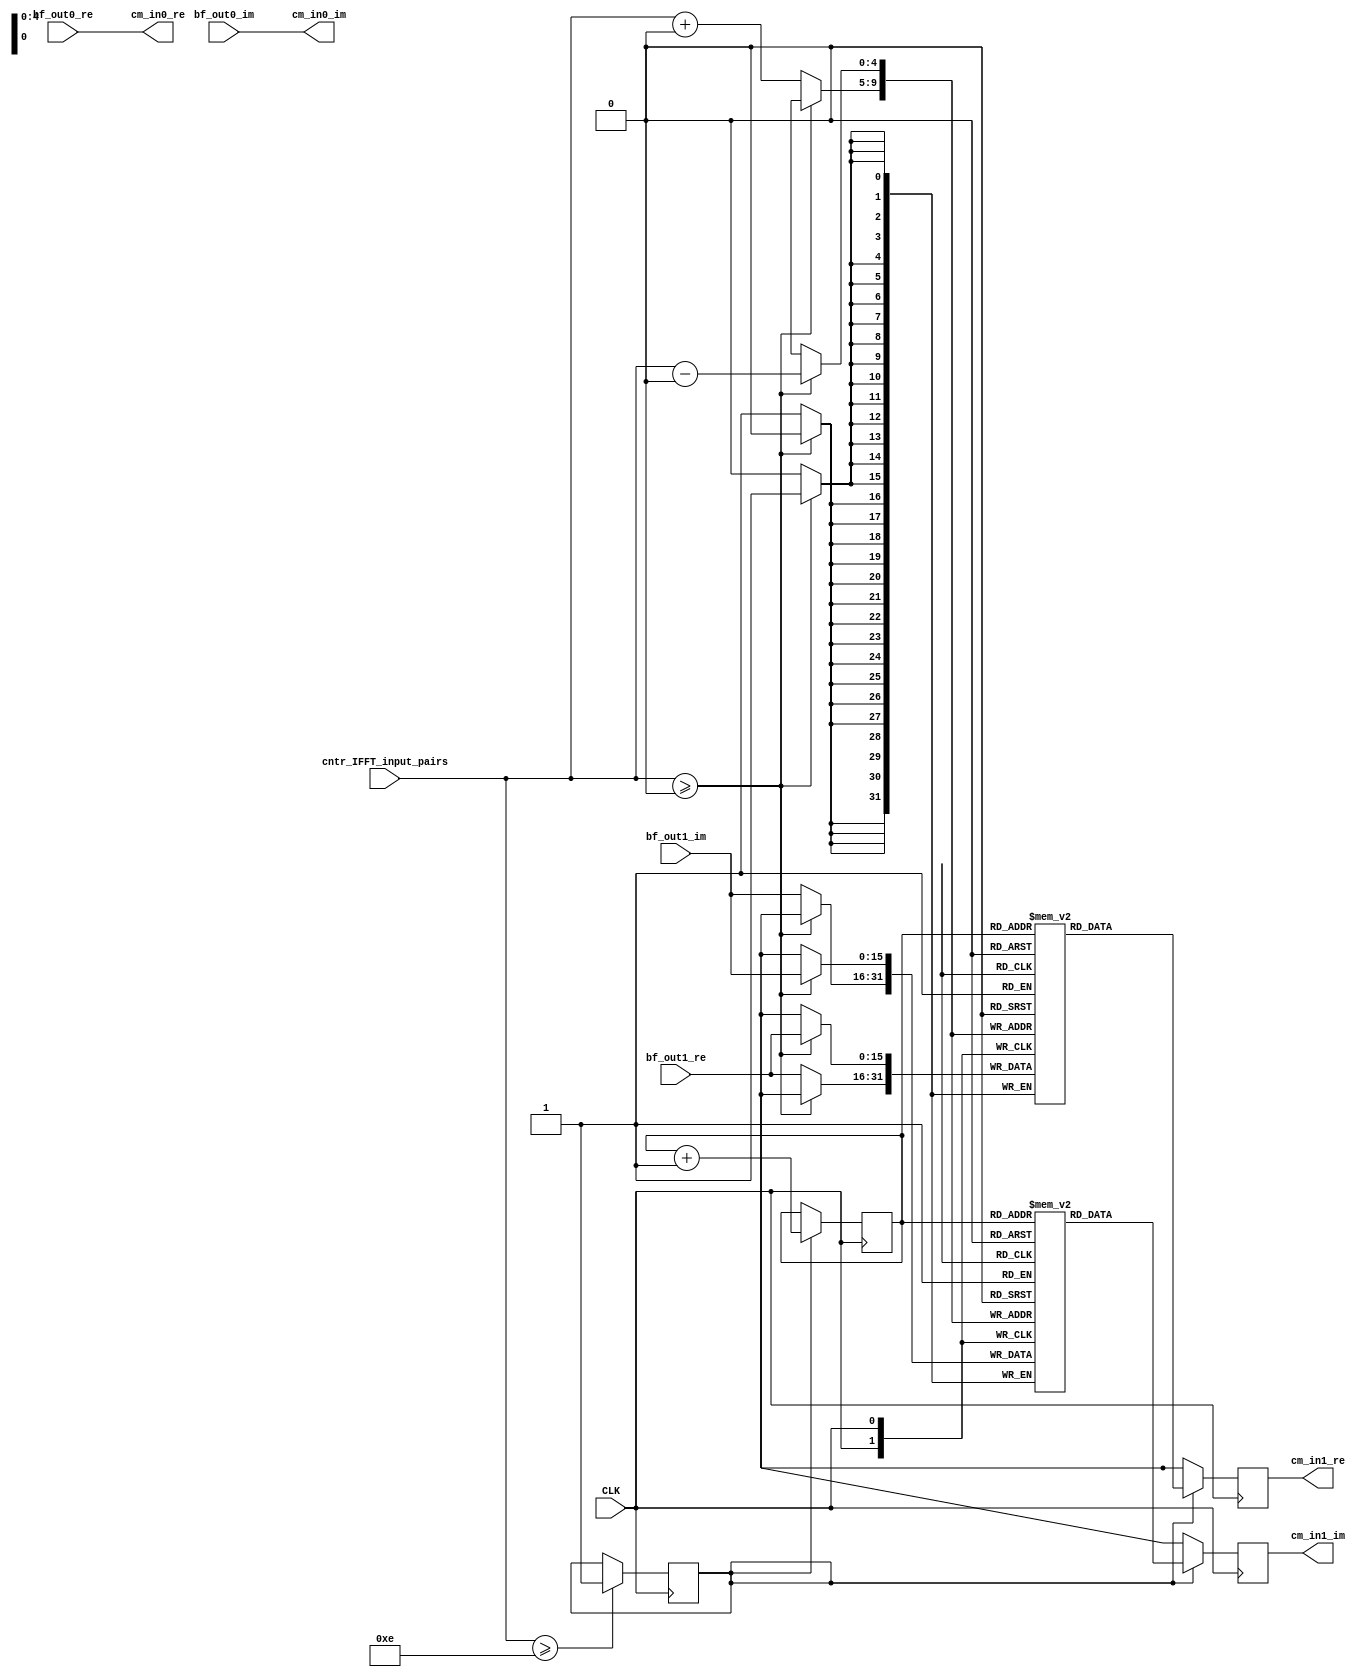
module predelay_commutator #(parameter DELAY_CYCLES = 15,
                             parameter DELAY_BEFORE_SAVING = 0,
                             parameter NUM_INPUTS_PER_PATH = 32)
    (
        input CLK,
        input [4:0] cntr_IFFT_input_pairs,
        input [15:0] bf_out0_re,
        input [15:0] bf_out0_im,
        input [15:0] bf_out1_re,
        input [15:0] bf_out1_im,
        output [15:0] cm_in0_re,
        output [15:0] cm_in0_im,
        output reg [15:0] cm_in1_re,
        output reg [15:0] cm_in1_im
    );

reg begin_FF_output_bef_cm = 1'b0;
reg [4:0] FF_index_bef_cm = 5'b0;
reg [15:0] delay_FF_bef_cm_re [0:NUM_INPUTS_PER_PATH-1];
reg [15:0] delay_FF_bef_cm_im [0:NUM_INPUTS_PER_PATH-1];

assign cm_in0_re = bf_out0_re;
assign cm_in0_im = bf_out0_im;


if (DELAY_CYCLES != DELAY_BEFORE_SAVING) begin
    // Delay 2nd path before input to Commutator
    always @ (posedge CLK) begin
        if (begin_FF_output_bef_cm) begin
            cm_in1_re <= delay_FF_bef_cm_re[FF_index_bef_cm];
            cm_in1_im <= delay_FF_bef_cm_im[FF_index_bef_cm];
            FF_index_bef_cm <= FF_index_bef_cm + 1;
        end
        else begin
            cm_in1_re <= 16'bx;
            cm_in1_im <= 16'bx;
        end
    end

    always @ (posedge CLK) begin
        // Save the 32 values from bf1_out1 into FF registers
        // It is fine if the cntr is writing into the FF registers before we expect it (i.e before the required delay).
        // The data will be overwritten later with the correct data.
        if (cntr_IFFT_input_pairs >= DELAY_BEFORE_SAVING) begin
            // Cntr hasn't overflowed
            delay_FF_bef_cm_re[cntr_IFFT_input_pairs - DELAY_BEFORE_SAVING] <= bf_out1_re;
            delay_FF_bef_cm_im[cntr_IFFT_input_pairs - DELAY_BEFORE_SAVING] <= bf_out1_im;
        end
        else begin
            // Cntr overflowed, or it's writing garbage data (that will be overwritten)
            delay_FF_bef_cm_re[cntr_IFFT_input_pairs + (NUM_INPUTS_PER_PATH-DELAY_BEFORE_SAVING)] <= bf_out1_re;
            delay_FF_bef_cm_im[cntr_IFFT_input_pairs + (NUM_INPUTS_PER_PATH-DELAY_BEFORE_SAVING)] <= bf_out1_im;
        end

        // When we are done outputting values for xth testCase, on the next clockCycle we will need to
        // begin outputting values for (x+1)th testcase. Therefore, dont disable the signals below
        /*
        if (FF_index_bef_cm == NUM_INPUTS_PER_PATH-1) begin
            begin_FF_output_bef_cm <= 1'b0;    // Done outputting all values.
            FF_index_bef_cm <= 5'bX;           
            enable_FF_saving_bef_cm <= 1'b0;
        end
        */
        
        if (cntr_IFFT_input_pairs >= DELAY_CYCLES-1) begin
            // Signal to output saved values from FF (Begins two cycles from now)
            begin_FF_output_bef_cm <= 1'b1;
            //FF_index_bef_cm <= 5'b0;      // The counter will automatically overflow and reset.
        end
    end
end
else begin
    // No need to save into register. Just a simple FF delay will do
    always @ (posedge CLK) begin
        cm_in1_re <= bf_out1_re;
        cm_in1_im <= bf_out1_im;
    end
end

endmodule